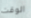
الوقت